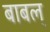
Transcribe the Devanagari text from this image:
बाबल्